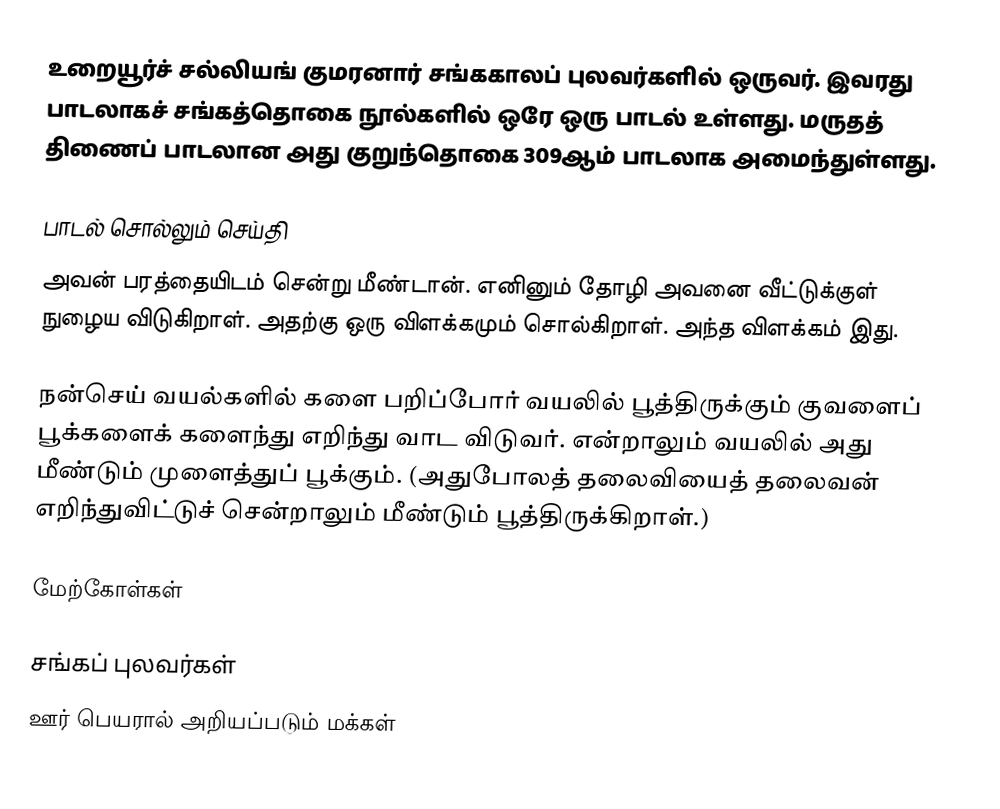
உறையூர்ச் சல்லியங் குமரனார் சங்ககாலப் புலவர்களில் ஒருவர். இவரது பாடலாகச் சங்கத்தொகை நூல்களில் ஒரே ஒரு பாடல் உள்ளது. மருதத் திணைப் பாடலான அது குறுந்தொகை 309ஆம் பாடலாக அமைந்துள்ளது.

பாடல் சொல்லும் செய்தி
அவன் பரத்தையிடம் சென்று மீண்டான். எனினும் தோழி அவனை வீட்டுக்குள் நுழைய விடுகிறாள். அதற்கு ஒரு விளக்கமும் சொல்கிறாள். அந்த விளக்கம் இது.

நன்செய் வயல்களில் களை பறிப்போர் வயலில் பூத்திருக்கும் குவளைப் பூக்களைக் களைந்து எறிந்து வாட விடுவர். என்றாலும் வயலில் அது மீண்டும் முளைத்துப் பூக்கும். (அதுபோலத் தலைவியைத் தலைவன் எறிந்துவிட்டுச் சென்றாலும் மீண்டும் பூத்திருக்கிறாள்.)

மேற்கோள்கள்

சங்கப் புலவர்கள்
ஊர் பெயரால் அறியப்படும் மக்கள்